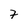
Character: 7